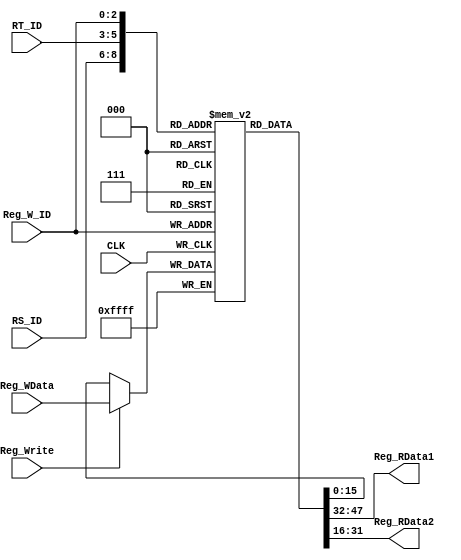
`timescale 1ns / 1ps

module Reg(CLK, RS_ID, RT_ID, Reg_W_ID, Reg_Write, Reg_WData, Reg_RData1, Reg_RData2);

	input CLK;
	input [2:0] RS_ID, RT_ID, Reg_W_ID;
	input Reg_Write;
	input [15:0] Reg_WData;
	output [15:0] Reg_RData1;
	output [15:0] Reg_RData2;
	reg signed [15:0] Register [0:7];
	
	assign Reg_RData1 = Register[ RS_ID ];
	assign Reg_RData2 = Register[ RT_ID ];
	
	always@(posedge CLK) begin
			Register[ Reg_W_ID ] <= Reg_Write ? Reg_WData : Register[ Reg_W_ID ];
	end

endmodule